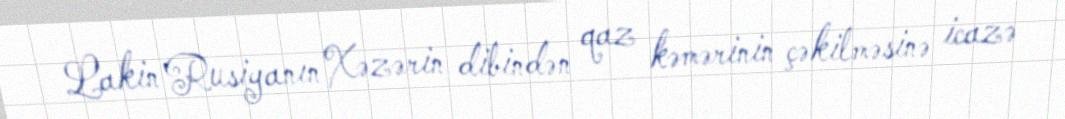
Lakin Rusiyanın Xəzərin dibindən qaz kəmərinin çəkilməsinə icazə